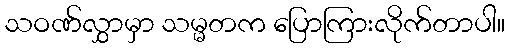
သဝဏ်လွှာမှာ သမ္မတက ပြောကြားလိုက်တာပါ။